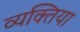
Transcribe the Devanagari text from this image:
व्यक्तिया